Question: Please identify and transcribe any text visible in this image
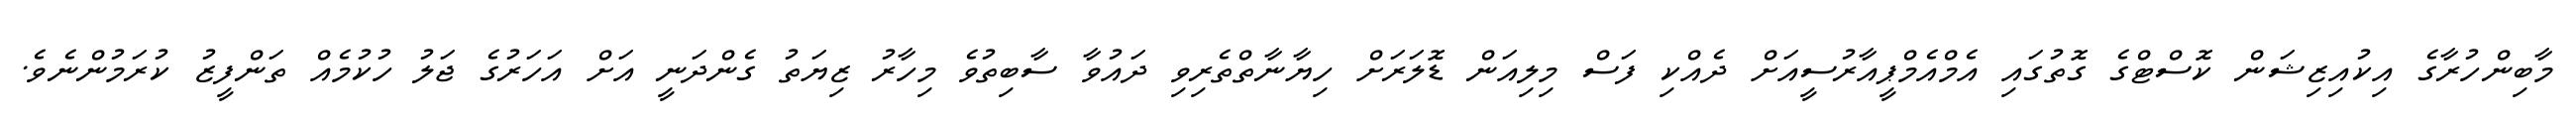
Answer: މާބިންހުރާގެ އިކުއިޒިޝަން ކޮސްޓްގެ ގޮތުގައި އެމްއެމްޕީއާރުސީއަށް ދެއްކި ފަސް މިލިއަން ޑޮލަރަށް ހިޔާނާތްތެރިވި ދައުވާ ސާބިތުވެ މިހާރު ޒިޔަތު ގެންދަނީ އަށް އަހަރުގެ ޖަލު ހުކުމެއް ތަންފީޒު ކުރަމުންނެވެ.